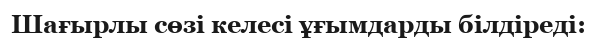
Шағырлы сөзі келесі ұғымдарды білдіреді: